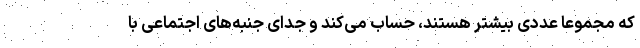
که مجموعا عددی بیشتر هستند، حساب می‌کند و جدای جنبه‌های اجتماعی با